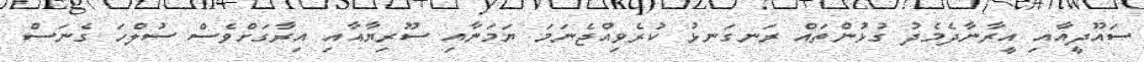
ސައޫދީއާއި އީރާނާދެމެދު ގުޅުންތައް ރަނގަނޅު ކުރެވިއްޖެނަމަ ޔަމަނާއި ސޫރިޔާއާއި އިރާގަށްވެސް ސުލްހަ ގެނަސް